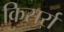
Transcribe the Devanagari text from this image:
किसर्रा